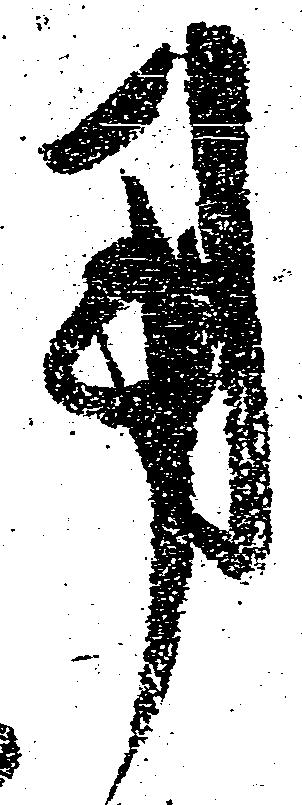
用